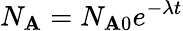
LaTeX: N_{\mathbf{A}}=N_{\mathbf{A}0}e^{-{\lambda}t}